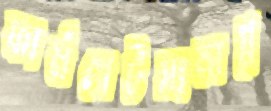
ফার্মগেটসংলগ্ন